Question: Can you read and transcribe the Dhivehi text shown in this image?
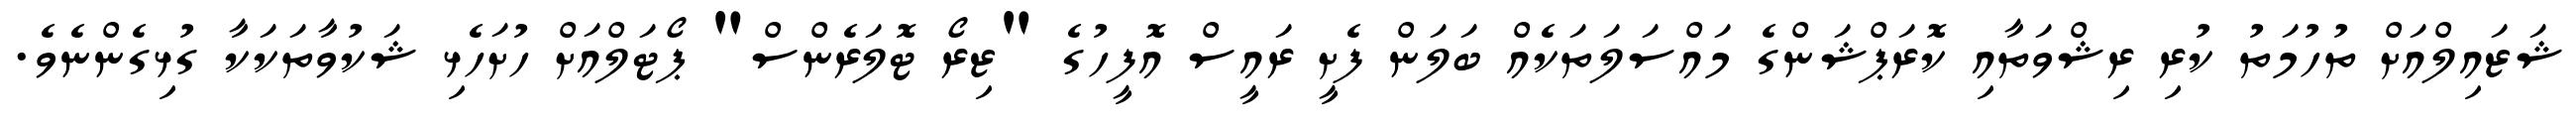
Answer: ޝަޒައިލްއަށް ތުހުމަތު ކުރި ރިޝްވަތާއި ކޮރަޕްޝަންގެ މައްސަލަތަކެއް ބަލަން ފެށީ ރައީސް އޮފީހުގެ "ޒިރޯ ޓޮލަރެންސް" ޕޯޓަލްއަށް ހުށަހެޅި ޝަކުވާތަކަކާ ގުޅިގެންނެވެ.